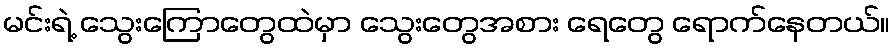
မင်းရဲ့ သွေးကြောတွေထဲမှာ သွေးတွေအစား ရေတွေ ရောက်နေတယ်။